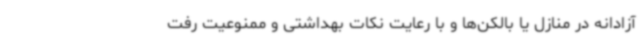
آزادانه در منازل یا بالکن‌ها و با رعایت نکات بهداشتی و ممنوعیت رفت